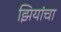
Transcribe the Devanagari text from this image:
झियांचा